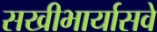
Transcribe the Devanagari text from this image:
सखीभार्यासवे